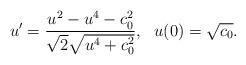
LaTeX: \begin{align*} u'= \frac{u^2-u^4- c_0^2 }{\sqrt{2}\sqrt{u^4+c_0^2}},\ \ u(0)=\sqrt{c_0}.\end{align*}